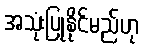
အသုံးပြုနိုင်မည်ဟု